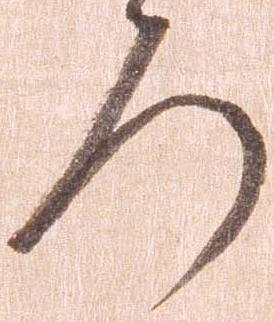
ろ